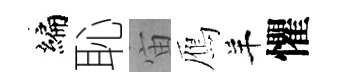
编恥宙鴈羊懼